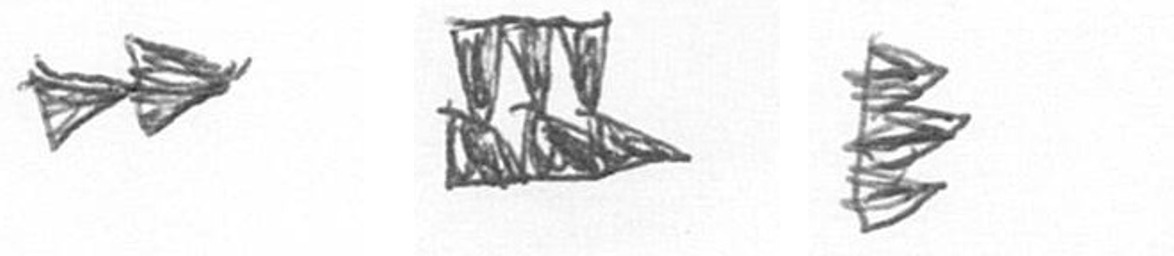
A D H